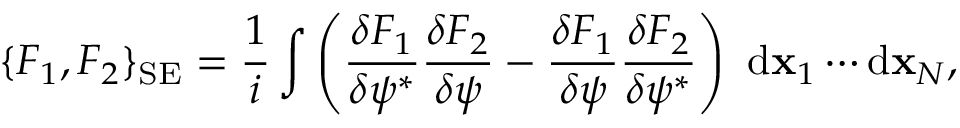
\{ F _ { 1 } , F _ { 2 } \} _ { \mathrm { S E } } = \frac { 1 } { i } \int { \left( \frac { \delta F _ { 1 } } { \delta \psi ^ { * } } \frac { \delta F _ { 2 } } { \delta \psi } - \frac { \delta F _ { 1 } } { \delta \psi } \frac { \delta F _ { 2 } } { \delta \psi ^ { * } } \right) \ \mathrm { d } { \bf x } _ { 1 } \cdots \mathrm { d } { \bf x } _ { N } } ,